Indian journal of veterinary science and animal husbandry - Volumes 22-23, 1952-1953
Year: 1952
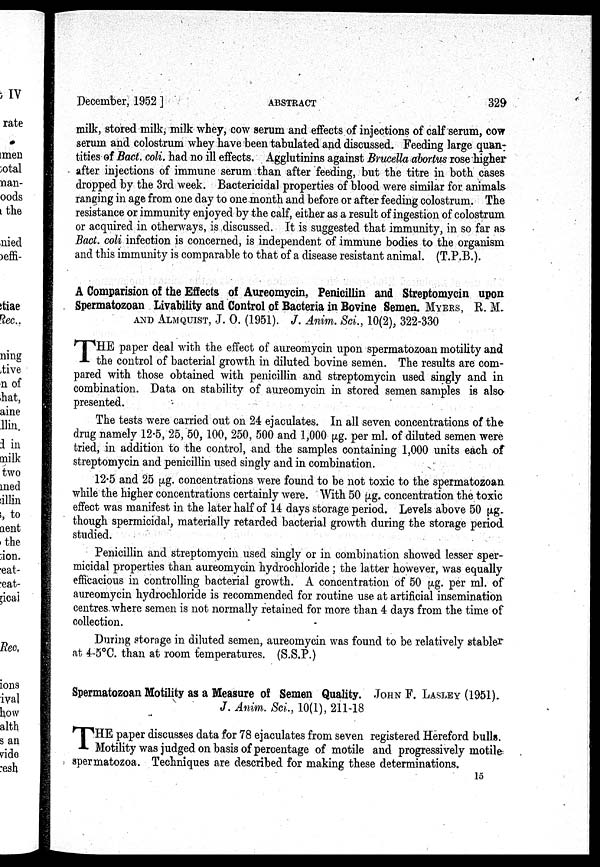
December, 1952 ]
ABSTRACT
329
milk, stored milk, milk whey, cow serum and effects of injections of calf serum, cow
serum and colostrum whey have been tabulated and discussed. Feeding large quan-
tities of Bact. coli. had no ill effects. Agglutinins against Brucella abortus rose higher
after injections of immune serum than after feeding, but the titre in both cases
dropped by the 3rd week. Bactericidal properties of blood were similar for animals
ranging in age from one day to one month and before or after feeding colostrum. The
resistance or immunity enjoyed by the calf, either as a result of ingestion of colostrum
or acquired in otherways, is discussed. It is suggested that immunity, in so far as
Bact. coli infection is concerned, is independent of immune bodies to the organism
and this immunity is comparable to that of a disease resistant animal. (T.P.B.).
A Comparision of the Effects of Aureomycin, Penicillin and Streptomycin upon
Spermatozoan Livability and Control of Bacteria in Bovine Semen. MYERS, R. M.
AND
ALMQUIST,
J. O. (1951). J. Anim. Sci., 10(2), 322-330
T HE paper deal with the effect of aureomycin upon spermatozoan motility and
the control of bacterial growth in diluted bovine semen. The results are com-
pared with those obtained with penicillin and streptomycin used singly and in
combination. Data on stability of aureomycin in stored semen samples is also
presented.
The tests were carried out on 24 ejaculates. In all seven concentrations of the
drug namely 12.5, 25, 50, 100, 250, 500 and 1,000 µg. per ml. of diluted semen were
tried, in addition to the control, and the samples containing 1,000 units each of
streptomycin and penicillin used singly and in combination.
12.5 and 25 µg. concentrations were found to be not toxic to the spermatozoan
while the higher concentrations certainly were. With 50 µg. concentration the toxic
effect was manifest in the later half of 14 days storage period. Levels above 50 µg.
though spermicidal, materially retarded bacterial growth during the storage period
studied.
Penicillin and streptomycin used singly or in combination showed lesser sper-
micidal properties than aureomycin hydrochloride ; the latter however, was equally
efficacious in controlling bacterial growth. A concentration of 50 µg. per ml. of
aureomycin hydrochloride is recommended for routine use at artificial insemination
centres where semen is not normally retained for more than 4 days from the time of
collection.
During storage in diluted semen, aureomycin was found to be relatively stabler
at 4-5°C. than at room temperatures. (S.S.P.)
Spermatozoan Motility as a Measure of Semen Quality. JOHN F. LASLEY (1951).
J. Anim. Sci., 10(1), 211-18
T HE paper discusses data for 78 ejaculates from seven registered Hereford bulls.
Motility was judged on basis of percentage of motile and progressively motile
spermatozoa. Techniques are described for making these determinations.
15